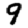
Digit: 9